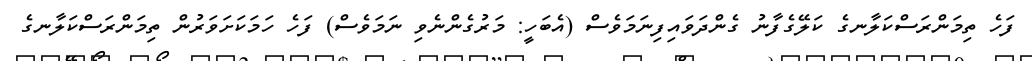
ފަހެ ތިމަންރަސްކަލާނގެ ކަލޭގެފާނު ގެންދަވައިފިނަމަވެސް (އެބަހީ: މަރުގެންނެވި ނަމަވެސް) ފަހެ ހަމަކަށަވަރުން ތިމަންރަސްކަލާނގެ